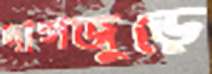
দাগজুড়ে